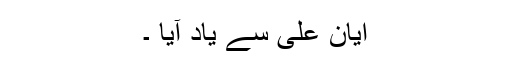
ایان علی سے یاد آیا ۔